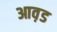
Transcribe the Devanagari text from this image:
आव़ड